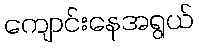
ကျောင်းနေအရွယ်